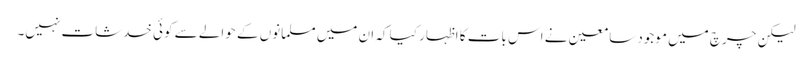
لیکن چرچ میں موجود سامعین نے اس بات کا اظہار کیا کہ ان میں مسلمانوں کے حوالے سے کوئی خدشات نہیں۔